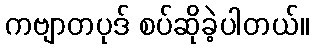
ကဗျာတပုဒ် စပ်ဆိုခဲ့ပါတယ်။